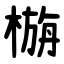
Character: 㮵